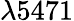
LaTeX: \lambda 5471